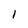
Character: 1